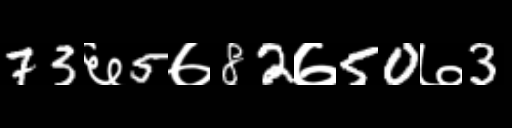
Text: 73६5७82७50७3